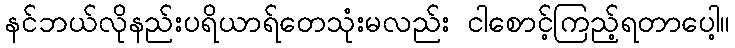
နင်ဘယ်လိုနည်းပရိယာရ်တေသုံးမလည်း ငါစောင့်ကြည့်ရတာပေါ့။